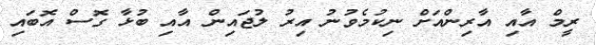
ރީމް އާއި އާރިންއަށް ނިކުމެވުނު އިރު ލުޖައިން އާއި ބުޅާ ގޮސް އޮބައި